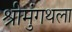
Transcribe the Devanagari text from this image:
श्रीमुंगथला